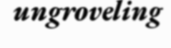
ungroveling